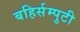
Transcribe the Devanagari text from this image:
बहिर्सम्पुटी